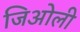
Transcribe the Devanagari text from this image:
जिओली